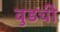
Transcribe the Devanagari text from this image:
वुडची